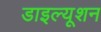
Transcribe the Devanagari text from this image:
डाइल्यूशन